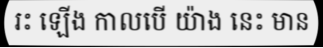
រះ ឡើង កាលបើ យ៉ាង នេះ មាន